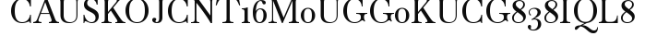
CAUSKOJCNT16M0UGG0KUCG838IQL8